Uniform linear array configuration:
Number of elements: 48
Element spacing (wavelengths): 0.75
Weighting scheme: kaiser
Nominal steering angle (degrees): -15
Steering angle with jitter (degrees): -13.098
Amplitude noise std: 0.05
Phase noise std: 0.05

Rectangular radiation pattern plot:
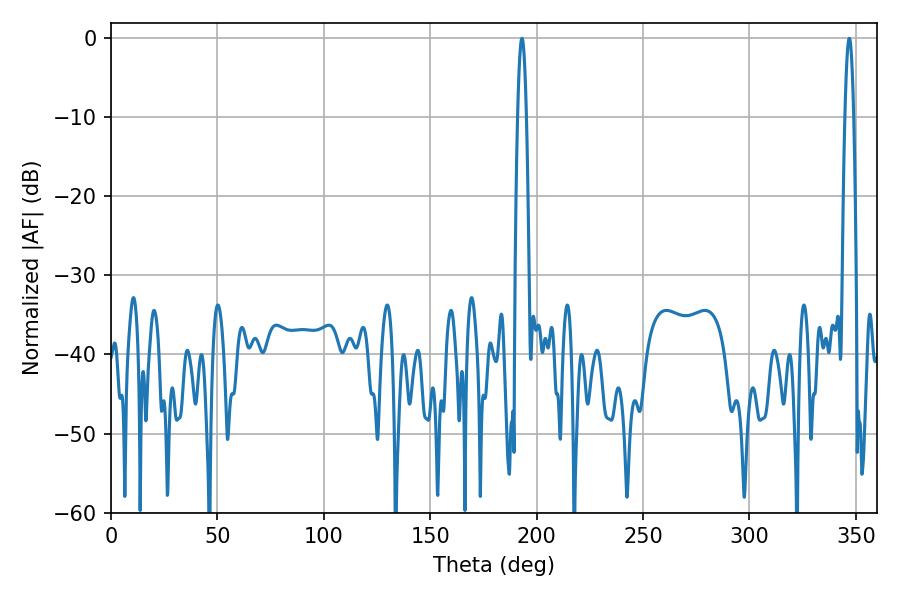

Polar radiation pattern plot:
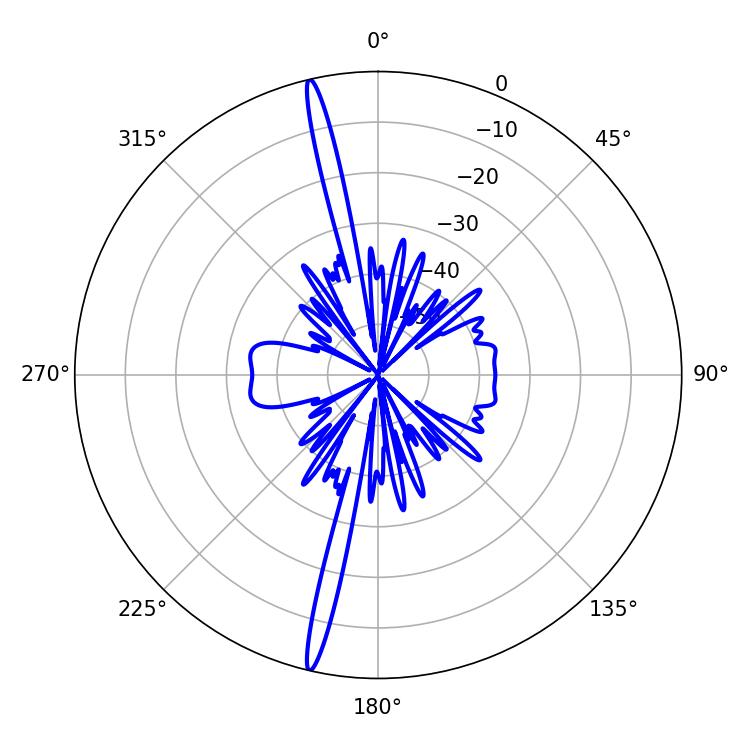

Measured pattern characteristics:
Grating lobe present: TRUE
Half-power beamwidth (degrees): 2.16
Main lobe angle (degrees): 193.14